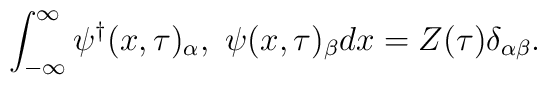
\int^\infty_{-\infty}{\psi^\dag}(x,\tau)_\alpha,\ \psi(x,\tau)_\beta dx=Z(\tau)\delta_{\alpha\beta}.